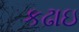
કઢાઇ